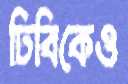
ঢিবিকেও